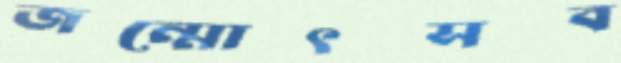
জন্মোৎসব